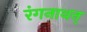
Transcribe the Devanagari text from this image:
रंगनाथन्‌